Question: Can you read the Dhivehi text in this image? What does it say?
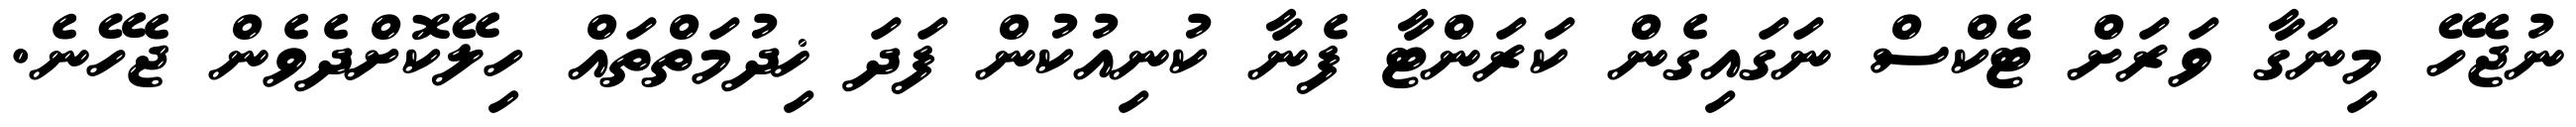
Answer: ނުޖެހޭ މިނަގާ ވަރަށް ޓެކްސް ނަގައިގެން ކަރަންޓާ ފެނާ ކުނިއުކުން ފަދަ ޚިދުމަތްތައް ހިލޭކޮށްދެވެން ޖެހޭނެ.